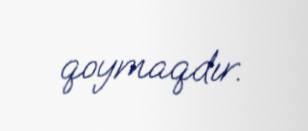
qoymaqdır.